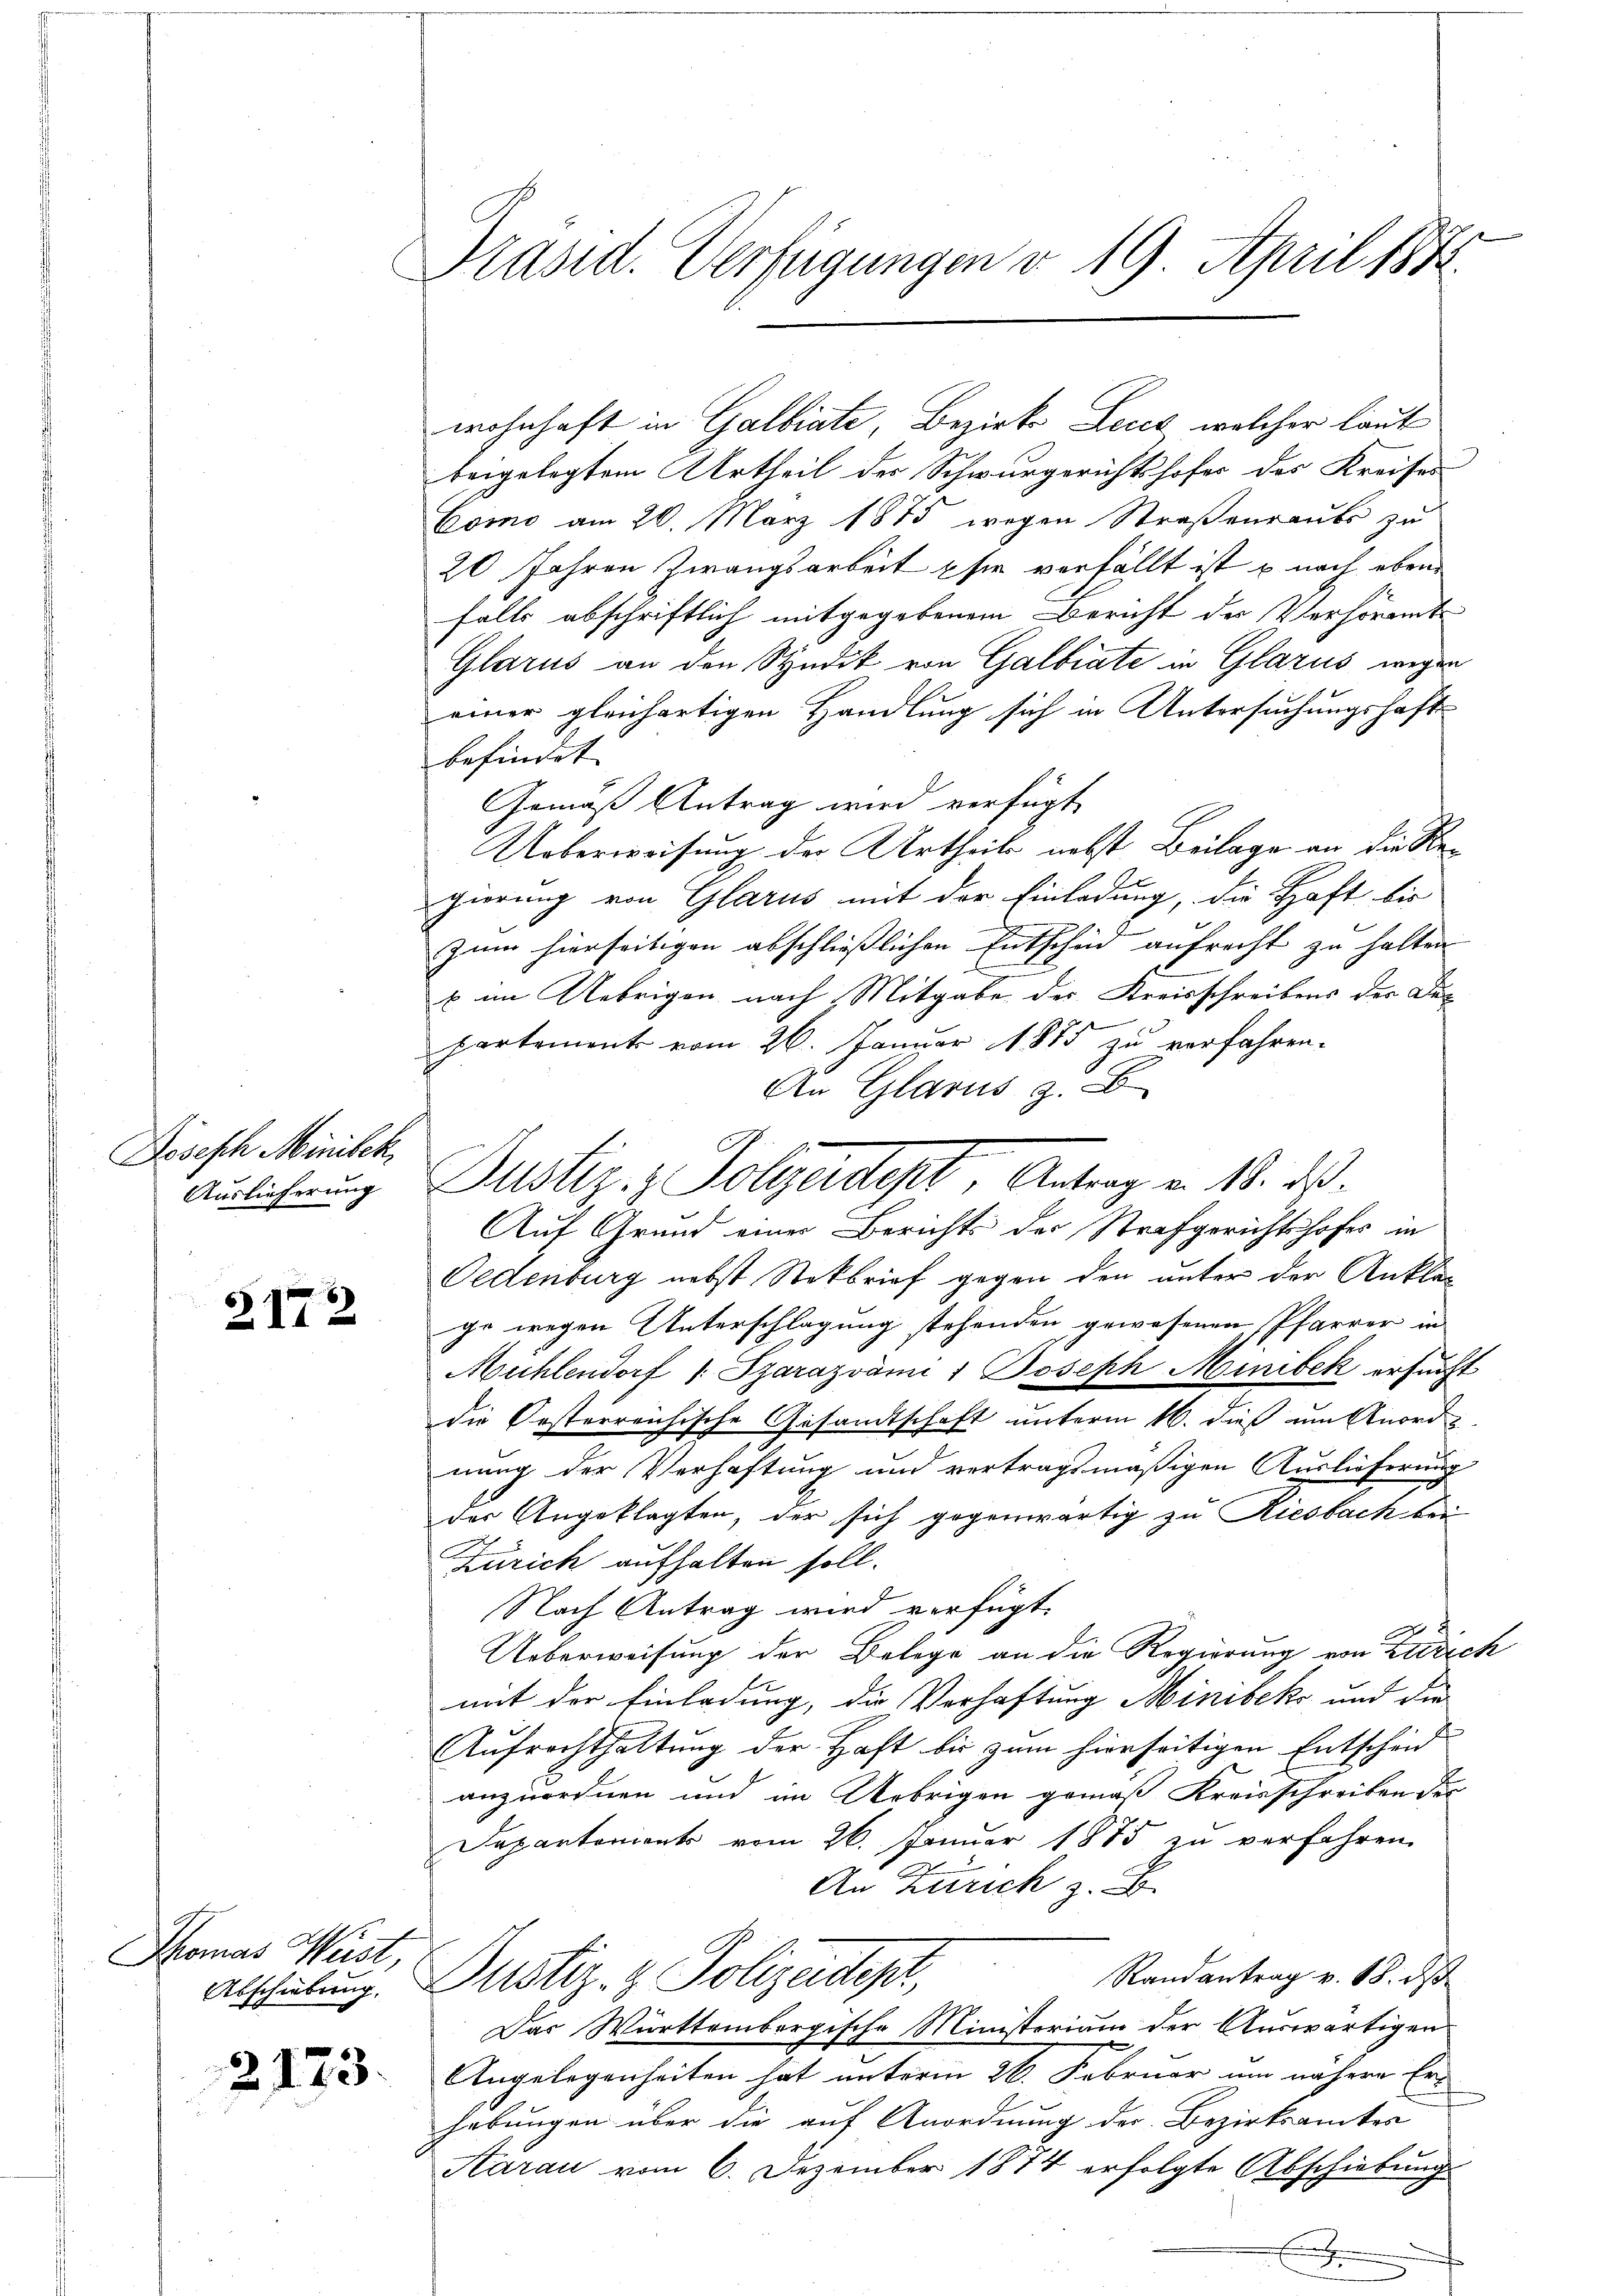
Dosesch Minisch,
Auslieferung

2172

Thomas Weist,

2173.

Präsid. Verfügungen d. 19. April 1873.

wohnhaft in Galbiate, Bezirk Lect, welcher laut
beigelegtem Urtheil des Schwurgerichtshofes des Kreises
Como am 20. März 1875 wegen Straßenraube zu
20 Jahren Zwangsarbeit sie verfällt ist u nach eben
falls abschriftlich mitgegebenem Bericht der Verhöramt
Glarus an den Syndik von Galbiate in Glarus wegen
einer gleichartigen Handlung sich in Untersuchungshaft
befindet. |
Gemäß Antrag wird verfügt
Ueberweisung der Urtheils nebst Beilage an die Regierung von Glarus mit der Einladung, die Haft bis
zum hierseitigen abschließlichen Entschid aufrecht zu halten
x im Uebrigen nach Mitgabe des Kreisschreibens der De¬
2
partement vom 26. Januar 1873 zu verfahren.
An Glarus z. B.
Auf Grund einer Berichts der Strafgerichtshofes in
Oedenburg nebst Stokbrief gegen den unter der Ankläge wegen Unterschlagung stehenden gewesenen Pfarrer in
Mühlendorf / Szarazvámi 1 Joseph Minisek ersucht
die Orsterreichische Gesandtschaft unterm 16. dieß um Anord
nung der Verhaftung und vertragsmäßigen Auslieferung
der Angeklagten, der sich gegenwärtig zu Riesbach bei
Zürich aufhalten soll.
Nach Antrag wird verfügt:
Ueberweisung der Belege an die Regierung von Zürich
mit der Einladung, die Verhaftung Minibek und die
Aufrechthaltung der Haft bis zum hierseitigen Entscheid
anzuordnen und im Uebrigen gemäß Kreisschreiben der
Departements vom 26. Januar 1875 zu verfahren.
An Zürich z. B.
Randantrag v. 18. ds
Abschulung. Justiz- & Polizeidep
Das Württembergische Ministerium der Auswärtigen
2
Angelegenheiten hat unterm 26. Februar um nähere Erhebungen über die auf Anordnung der Bezirksamtes
Aarau vom 6. Dezember 1874 erfolgte Abschiebung
e

Justiz- & Polgendest, Antrag v. 18. ds.